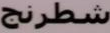
شطرنج